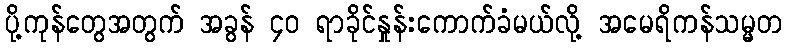
ပို့ကုန်တွေအတွက် အခွန် ၄၀ ရာခိုင်နှုန်းကောက်ခံမယ်လို့ အမေရိကန်သမ္မတ